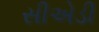
સીએડી